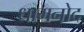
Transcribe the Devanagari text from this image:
धामनोद